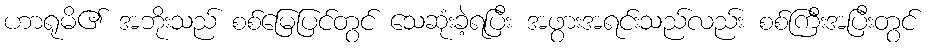
ဟာရုမိ၏ အဘိုးသည် စစ်မြေပြင်တွင် သေဆုံးခဲ့ရပြီး အဖွားအရင်းသည်လည်း စစ်ကြီးအပြီးတွင်